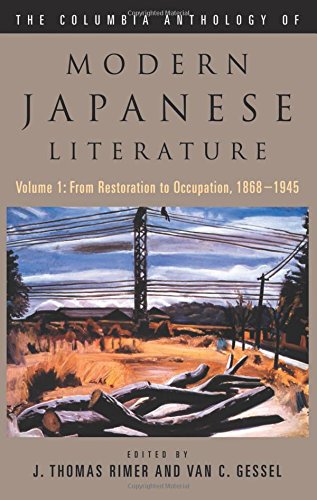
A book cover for The Columbia Anthology of Modern Japanese Literature: From Restoration to Occupation, 1868-1945 (Modern Asian Literature Series) (Volume 1); J. Thomas Rimer; Literature & Fiction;